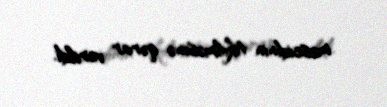
məscidinin tikilməsinə qərar verildi.